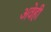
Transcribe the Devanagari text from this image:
अवेही